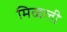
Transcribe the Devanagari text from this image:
मिळली